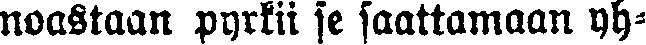
noastaan pyrkii se saattamaan yh-